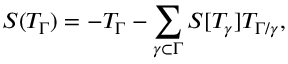
S ( T _ { \Gamma } ) = - T _ { \Gamma } - \sum _ { \gamma \subset \Gamma } S [ T _ { \gamma } ] T _ { \Gamma / \gamma } ,